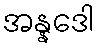
အန္နဒေါ